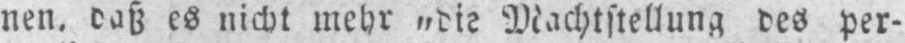
nen, daß es nicht mehr „die Machtstellung des per-